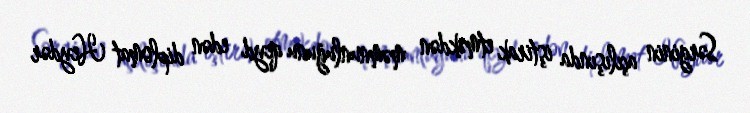
Sərginin açılışında iştirak etməkdən məmnunluğunu qeyd edən diplomat Heydər